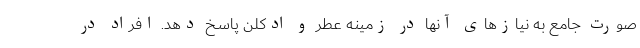
صورت جامع به نیازهای آنها در زمینه عطر و ادکلن پاسخ دهد. افراد در